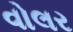
વોલર